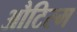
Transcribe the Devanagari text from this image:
औटिस्म